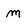
Character: m